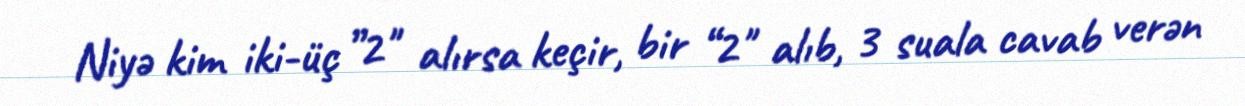
Niyə kim iki-üç ”2" alırsa keçir, bir “2" alıb, 3 suala cavab verən